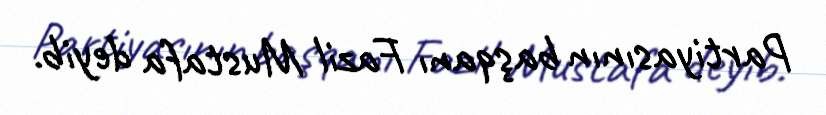
Partiyasının başqanı Fazil Mustafa deyib.